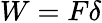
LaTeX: W=F\delta